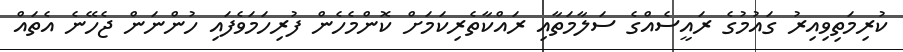
ކުރިމަތިވިއިރު ގައުމުގެ ރައީސެއްގެ ސަލާމަތާއި ރައްކާތެރިކަމަށް ކޮންމެހެން ފުރިހަމަވެފައި ހުންނަން ޖެހޭނެ އެތައް